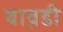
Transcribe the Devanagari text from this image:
बाव़डी